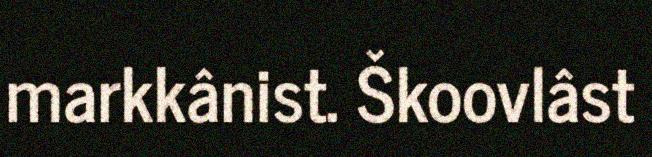
markkânist. Škoovlâst